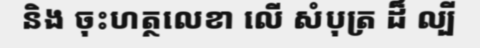
និង ចុះហត្ថលេខា លើ សំបុត្រ ដ៏ ល្បី